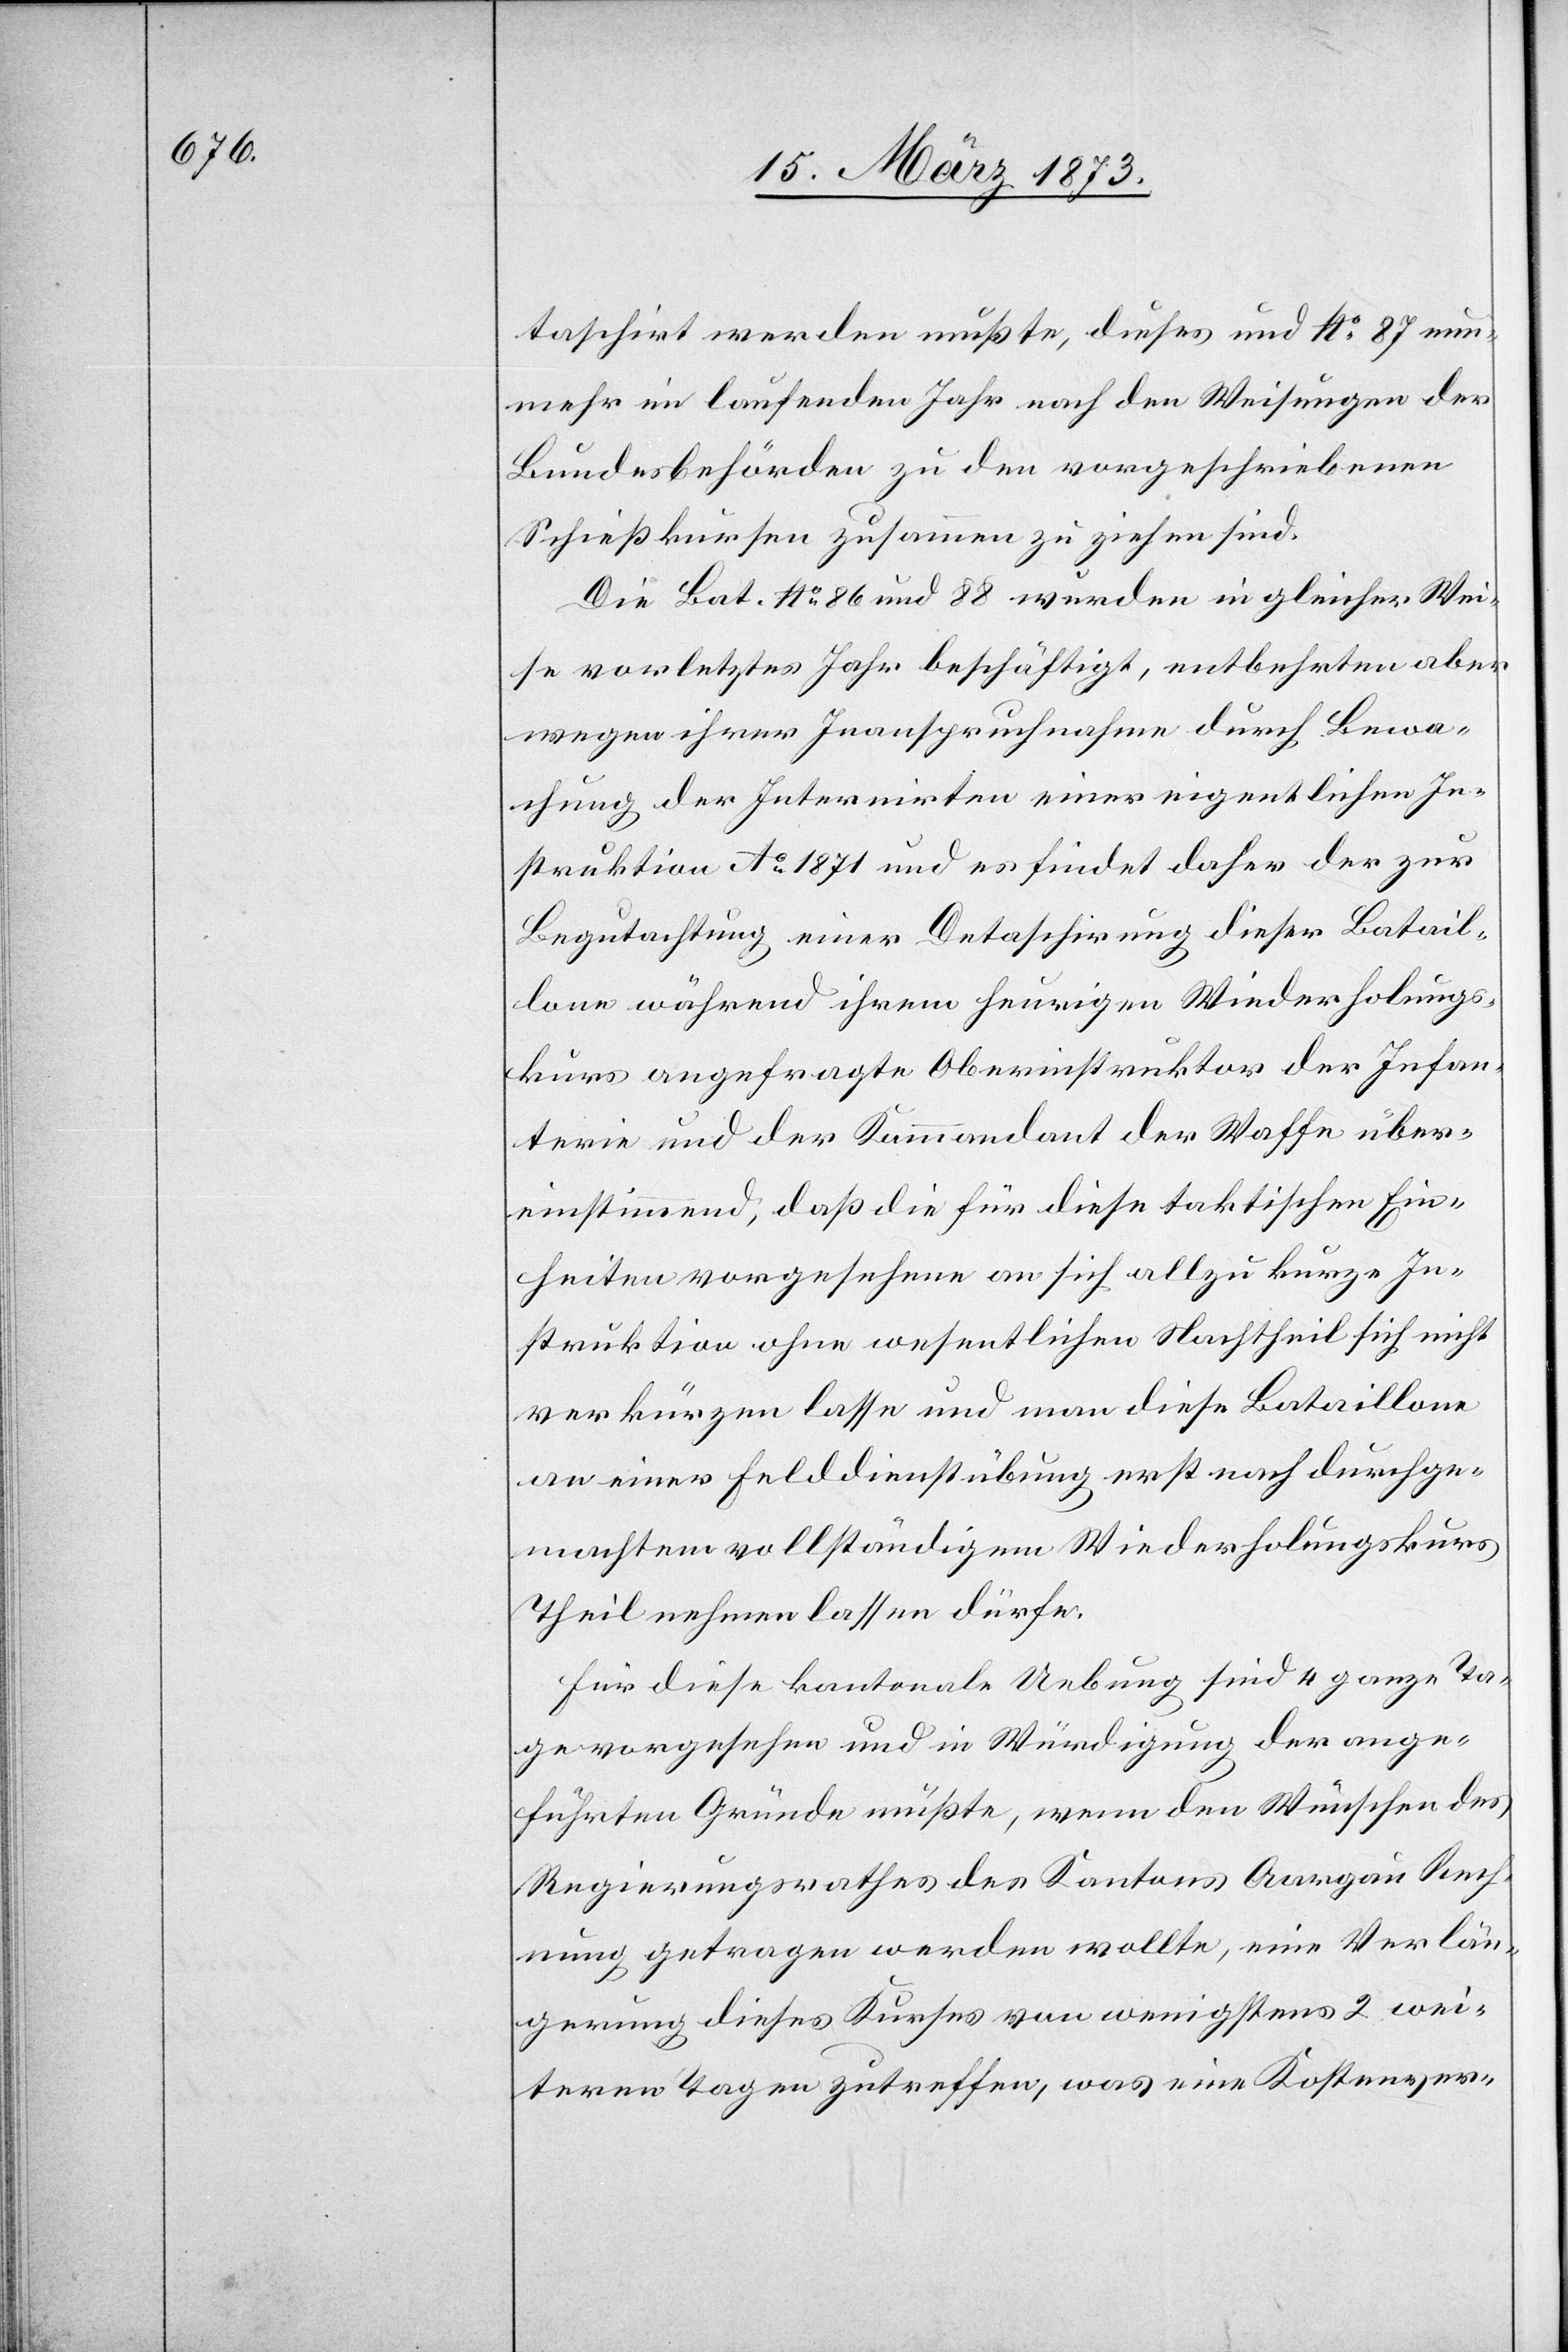
taschirt werden mußte, dieses und No. 87 nun¬
mehr im laufenden Jahr nach den Weisungen der
Bundesbehörden zu den vorgeschriebenen
Schießkursen zusammen zu ziehen sind.
Die Bat. No. 86 und 88 wurden in gleicher Wei¬
se vorletztes Jahr beschäftigt, entbehrten aber
wegen ihrer Inanspruchnahme durch Bewa¬
chung der Internirten einer eigentlichen In¬
struktion Ao 1871 und es findet daher der zur
Begutachtung einer Detaschirung dieser Batail¬
lone während ihrem heurigen Wiederholungs¬
kurs angefragte Oberinstruktor der Infan¬
terie und der Kommandant der Waffe über¬
einstimmend, daß die für diese taktischen Ein¬
heiten vorgesehene an sich allzu kurze In¬
struktion ohne wesentlichen Nachtheil sich nicht
verkürzen lasse und man diese Bataillone
an einer Felddienstübung erst nach durchge¬
machtem vollständigem Wiederholungskurs
Theil nehmen lassen dürfe.
Für diese kantonale Uebung sind 4 ganze Ta¬
ge vorgesehen und in Würdigung der ange¬
führten Gründe müßte, wenn den Wünschen des
Regierungsrathes des Kantons Aargau Rech¬
nung getragen werden wollte, eine Verlän¬
gerung dieses Kurses von wenigstens 2 wei¬
teren Tagen zutreffen, was eine Kostenver-